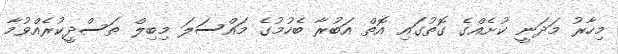
މިހާރު މަދަނީ ކުށެއްގެ ގޮތުގައި އޮތް އަބުރާ ބެހުމުގެ މައްސަލަ މިބިލް ތަސްދީކުރެއްވުމާ